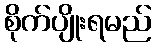
စိုက်ပျိုးရမည်